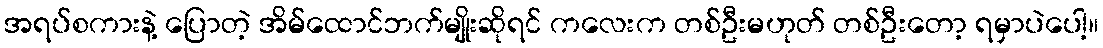
အရပ်စကားနဲ့ ပြောတဲ့ အိမ်ထောင်ဘက်မျိုးဆိုရင် ကလေးက တစ်ဦးမဟုတ် တစ်ဦးတော့ ရမှာပဲပေါ့။